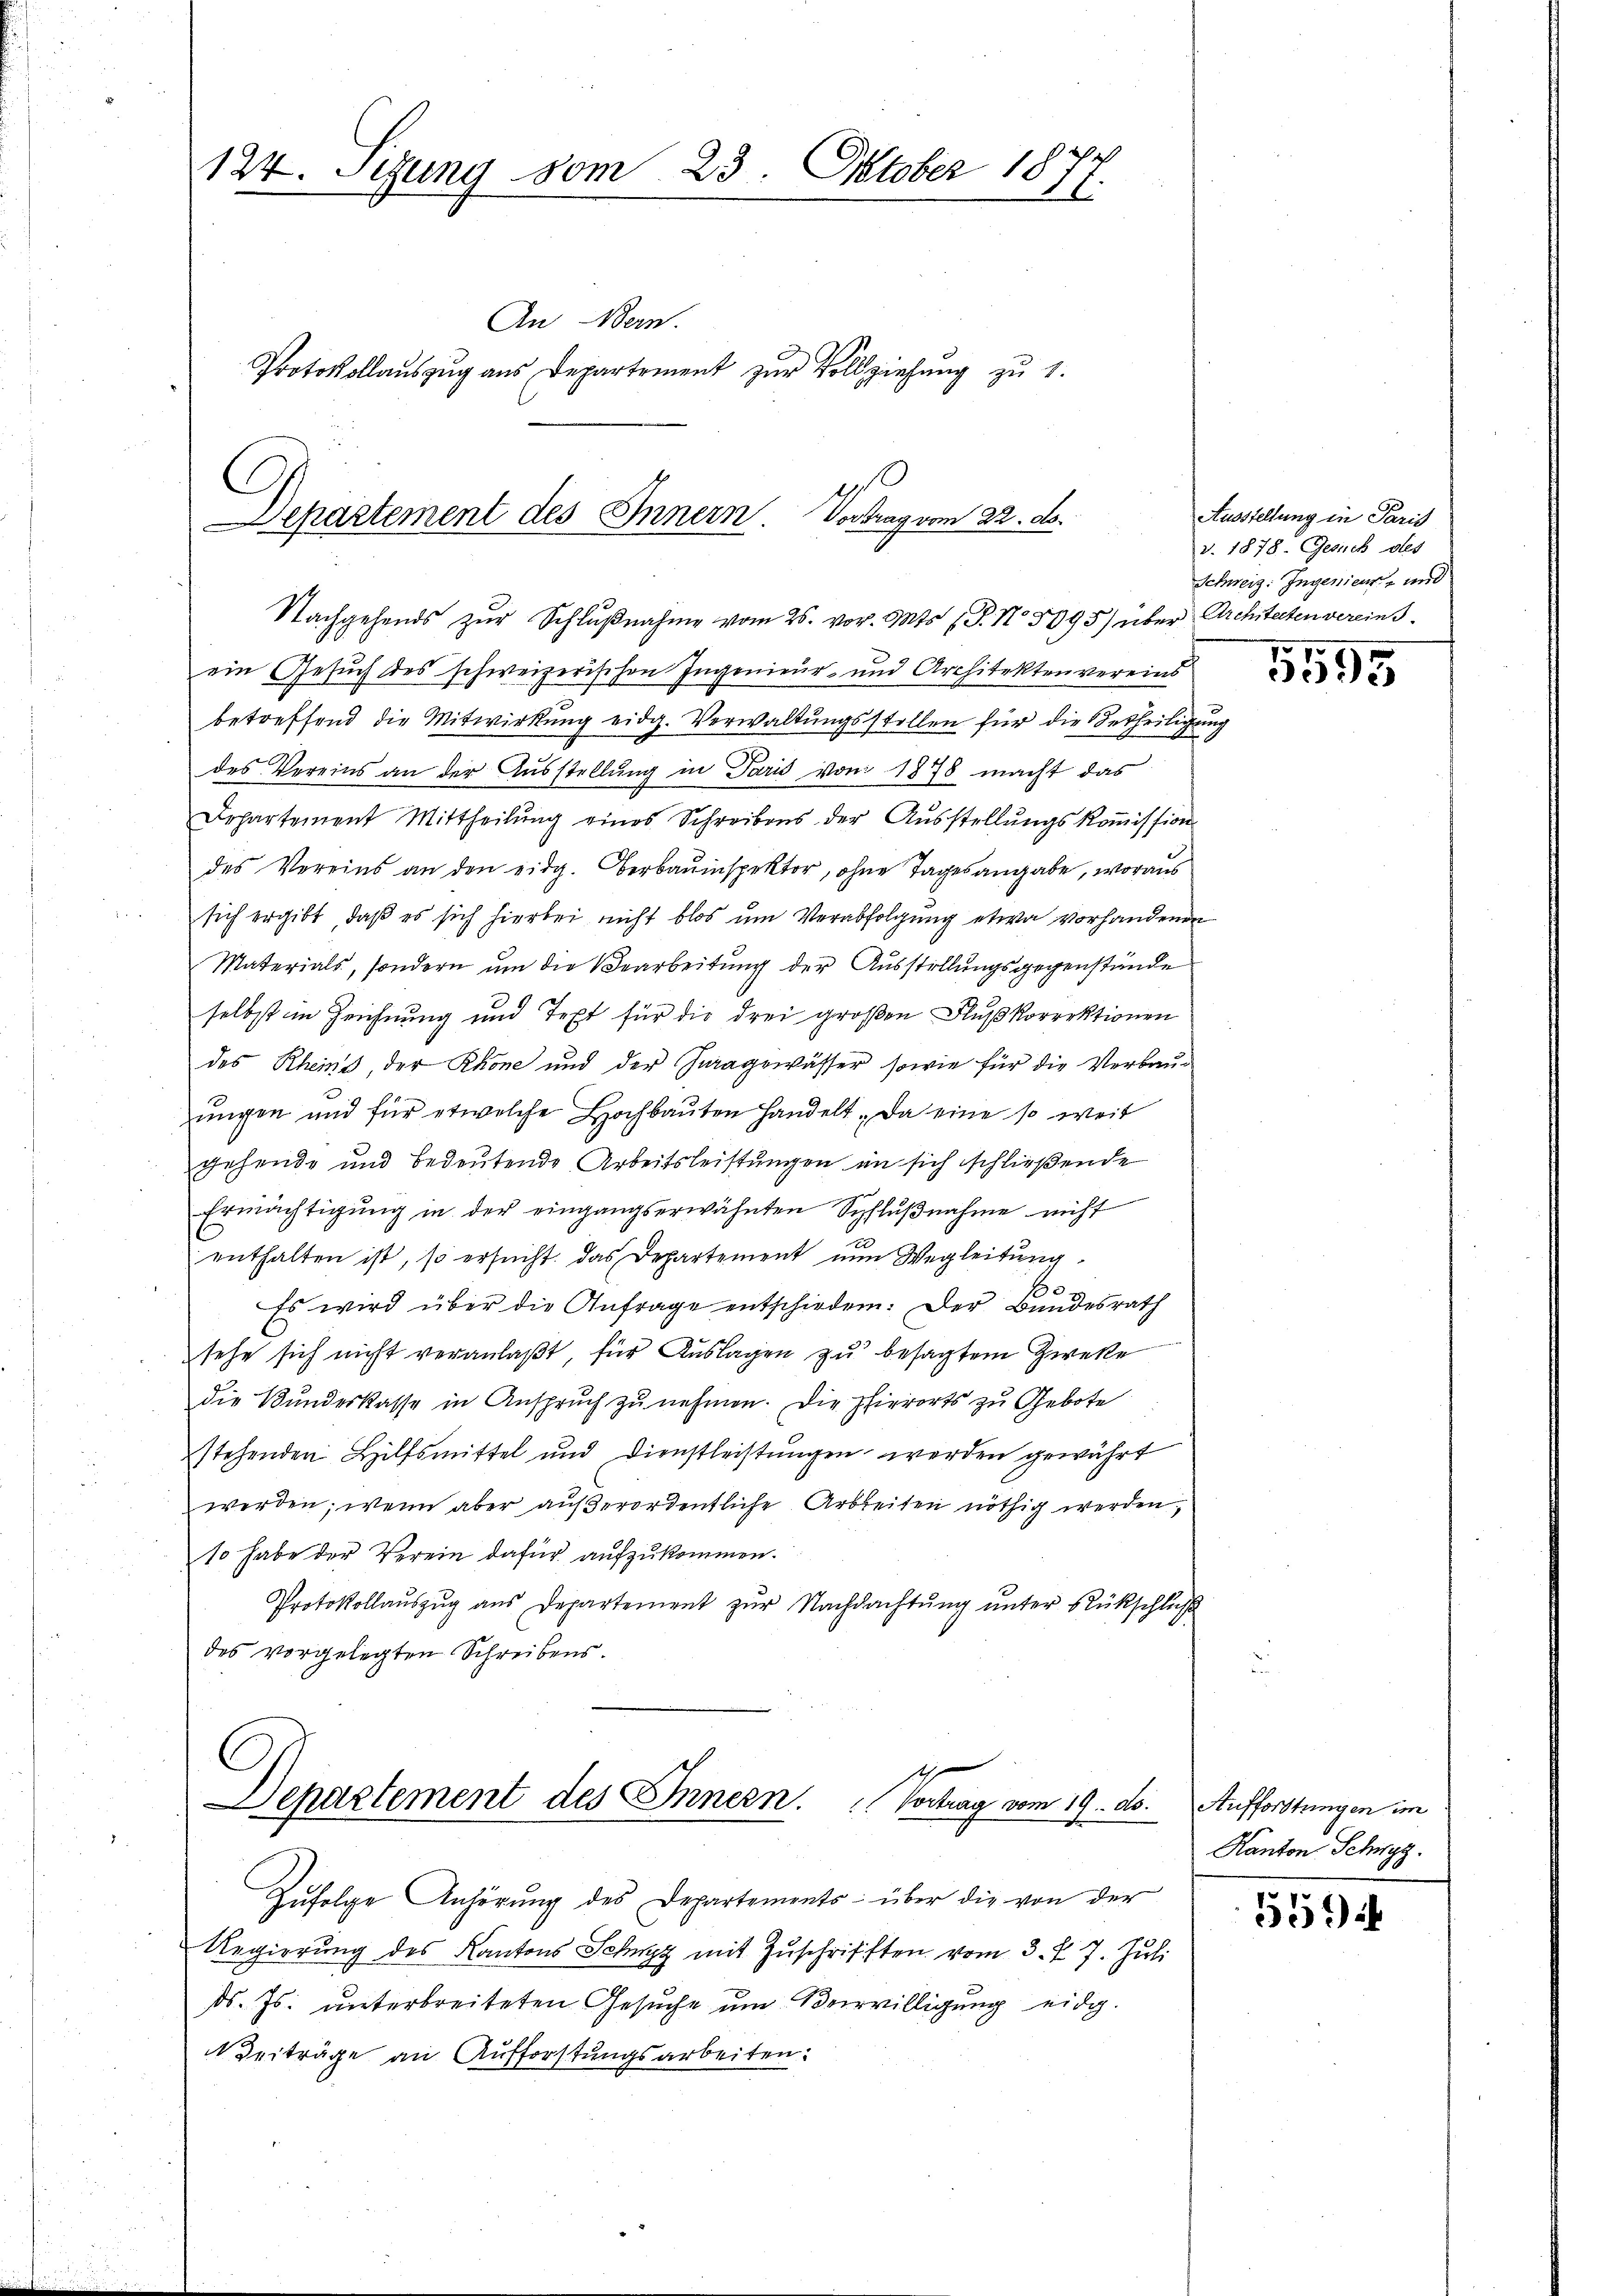
124. Juny vom 23. Oktober 187.

Departement des Innern. Vortrag vom 22. ds.

An Mein

Protokollaŭszŭg ans Departement zŭr Vollziehŭng zu 1.

Nachgehends zur Schlußnahme vom 25. vor. Mts. (T. No 8095) über Architecten vereins
ein Gesuch des schweizerischen Ingenieur- und Architektenvereins
betreffend die Mitwirkŭng eidg. Verwaltŭngsstellen für die Betheiligung
des Vereins an der Ausstellung in Paris von 1878 macht das
Departement Mittheilŭng eines Schreibens der Ausstellŭngskoṁission
des Vereins an den eidg. Verbauinspektor, ohne Tagesangabe, woraus
sich ergibt, daß es sich hierbei nicht blos um Verabfolgung etwa vorhandenen
Materials, sondern um die Bearbeitung der Ausstellungsgegenstände
selbst in Zeichnung und Text für die drei großen Flußkorrektionen
des Rheins, der Rhone und der Paragewässer, sowie für die Verbauungen und für etwelche Hochbauten handelt. Da eine so weit
gehende und bedeutende Arbeitsleistungen in sich schließende
Ermächtigŭng in der eingangserwähnten Schlŭβnahme nicht
enthalten ist, so ersŭcht das Departement nŭn Wegleitŭng
10.
Es wird über die Anfrage entschieden. Der Bundesrath
sehe sich nicht veranlaßt, für Auslagen zu besagtem Zwecke
die Bundeskasse in Anspruch zu nehmen. Die phierorts zu Gebote
stehenden Hilfsmittel und Dienstleistŭngen werden gewährt
werden; wenn aber außerordentliche Arbeiten nöthig werden,
10 habe der Verein dafür aufzukommen.
Protokollaŭszŭg aŭs Departement zŭr Nachdachtŭng ŭnter Rückschlŭβ
des vorgelegten Schreibens.

s
Departement des Innern. Vortrag vom 19. ds. Aufforstungen im

Zŭfolge Anhörung des Departements über die von der
Regierung des Kantons Schwyz mit Zŭschrifften vom 3. d. 7. Juli

d. Js. unterbreiteten Gesuche um Verwilligung eidg.
 Beiträge an Aufforstungsarbeiten.

Ausstellung in Paris
v. 1878. Gesuch des
Schweiz. Ingenieur- und

5595

Kanton Schwyz.

539